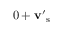
0 + \ensuremath { \mathbf { v } } _ { \mathrm { ~ s ~ } } ^ { \prime }